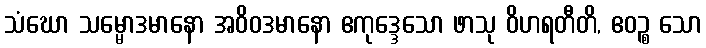
သံဃော သမ္မောဒမာနော အဝိဝဒမာနော ဧကုဒ္ဒေသော ဖာသု ဝိဟရတီတိ, ဧဝဉ္စ သော